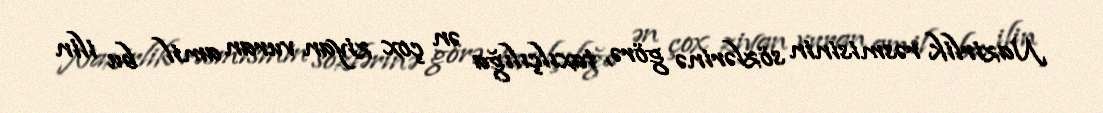
Nazirlik rəsmisinin sözlərinə görə, taxılçılığa ən çox ziyan vuran amil bu ilin